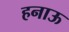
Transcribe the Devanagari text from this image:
हनाऊ